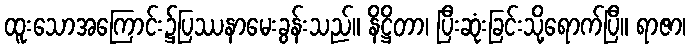
ထူးသောအကြောင်း၌ပြဿနာမေးခွန်းသည်။ နိဋ္ဌိတာ၊ ပြီးဆုံးခြင်းသို့ရောက်ပြီ။ ရာဇာ၊